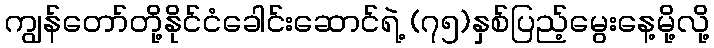
ကျွန်တော်တို့နိုင်ငံခေါင်းဆောင်ရဲ့ (၇၅)နှစ်ပြည့်မွေးနေ့မို့လို့